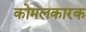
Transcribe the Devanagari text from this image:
कोमलकारक